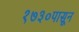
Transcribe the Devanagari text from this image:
१७३०पासून